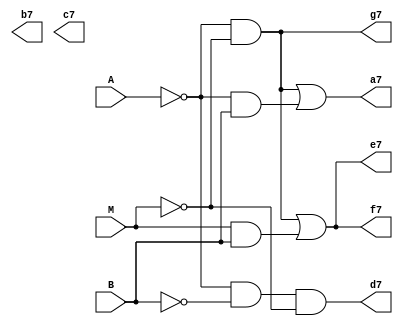
module exibir_matriz_nivel(A, M, B, a7, b7, c7, d7, e7, f7, g7);
	input A, M, B;
	output a7, b7, c7, d7, e7, f7, g7;
	
	not not0(not_a, A);
	not not1(not_m, M);
	not not2(not_b, B);
	
	// LED (A)
	and and0(aux0, not_a, not_m);
	and and1(aux1, not_a, B);
	or Or0(a7, aux0, aux1);

	// LED (B)
	not (b7, b7);
	
	// LED (C)
	not (c7, c7);
	
	// LED (D)
	and And2(d7, not_a, not_b, not_m);
	
	// LED (E)
	and and2(aux2, not_a, not_m);
	and and3(aux3, M, B);
	or Or1(e7, aux2, aux3);
	
	// LED (F)
	and and4(aux4, not_a, not_m);
	and and5(aux5, M, B);
	or Or2(f7, aux4, aux5);
	
	// LED (G)
	and and6(g7, not_a, not_m);
	

endmodule